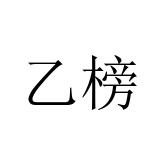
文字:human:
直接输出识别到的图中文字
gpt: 乙榜